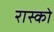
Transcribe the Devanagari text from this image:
रास्को